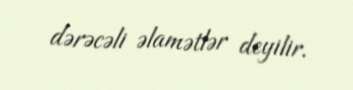
dərəcəli əlamətlər deyilir.